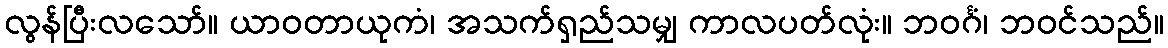
လွန်ပြီးလသော်။ ယာဝတာယုကံ၊ အသက်ရှည်သမျှ ကာလပတ်လုံး။ ဘဝင်္ဂံ၊ ဘဝင်သည်။